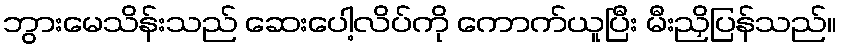
ဘွားမေသိန်းသည် ဆေးပေါ့လိပ်ကို ကောက်ယူပြီး မီးညှိပြန်သည်။